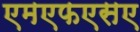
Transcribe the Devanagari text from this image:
एमएफएसए